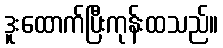
ဒူးထောက်ပြီးကုန်းထသည်။